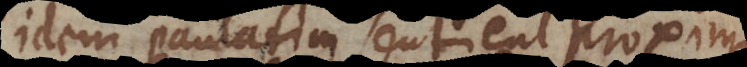
Idem paulatim sentient proximi